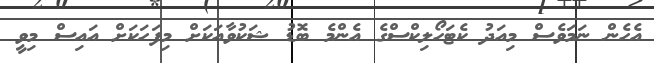
އެހެން ނަމަވެސް މިއަދު ކެޓަހޯލިކްސްގެ އެންމެ ބޮޑު ޝަކުވާއަކަށް މިފަހަކަށް އައިސް މިވީ